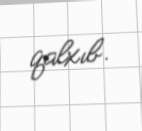
qalxıb.